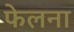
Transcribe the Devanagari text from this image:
फेलना